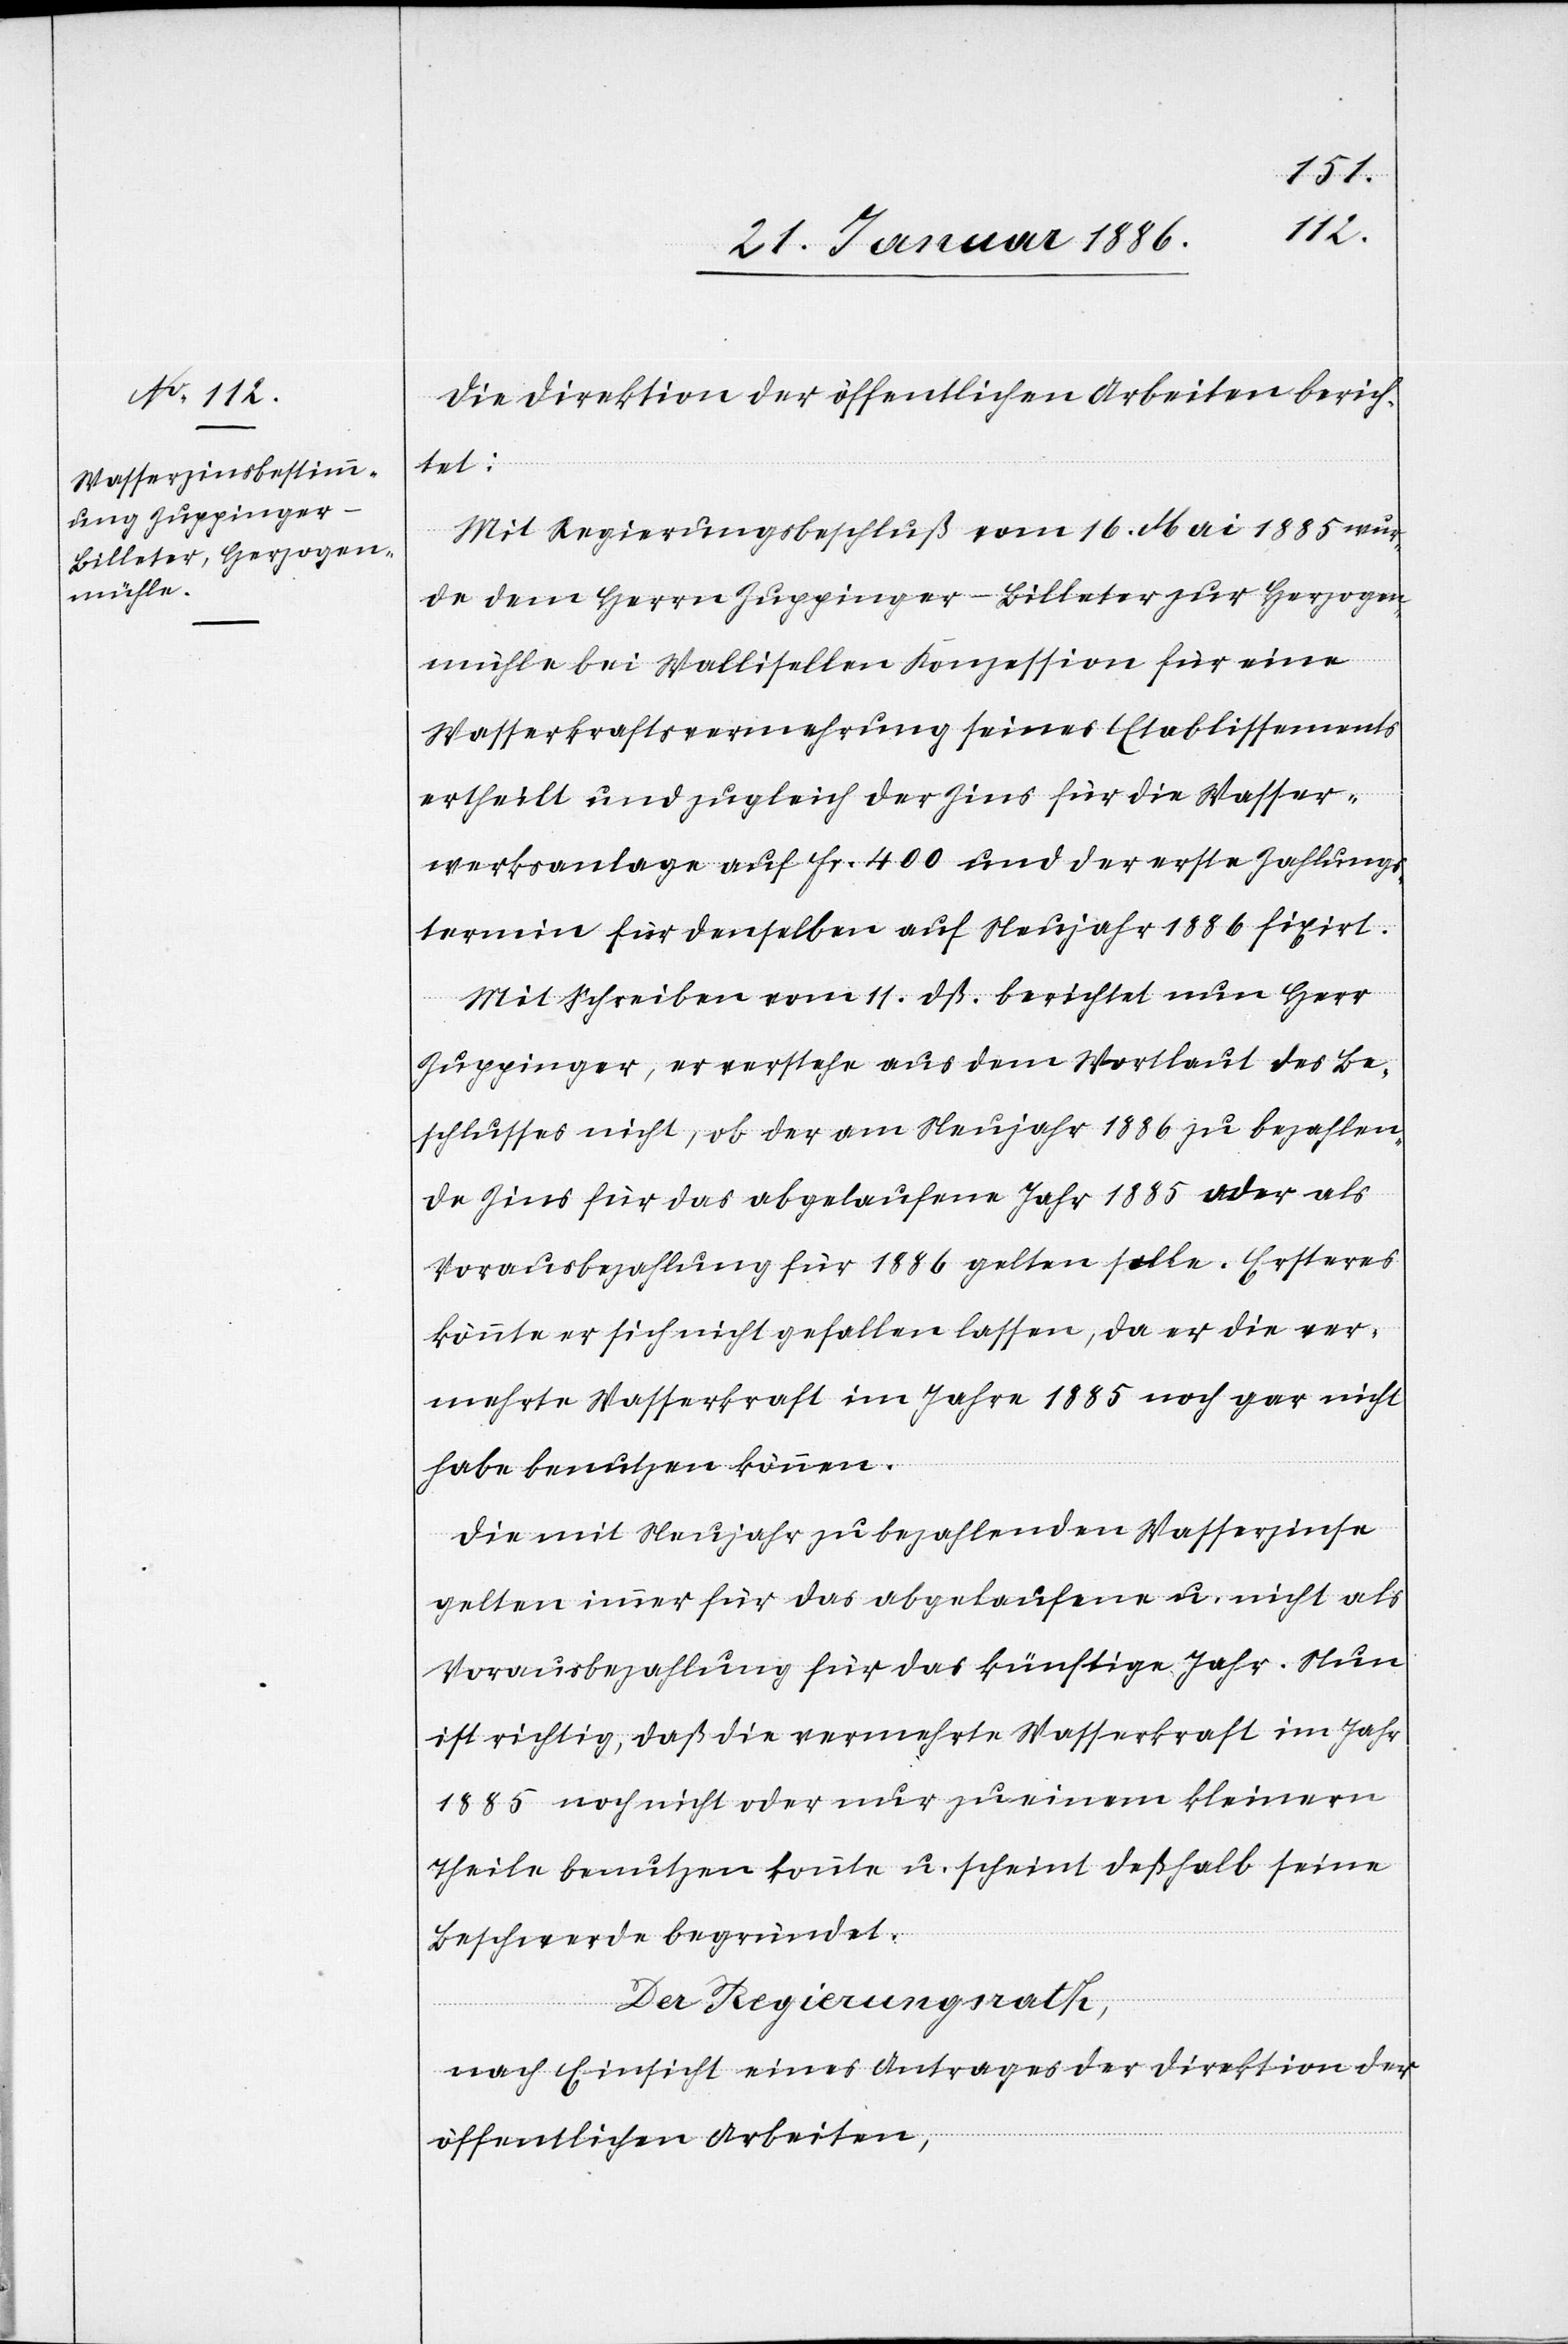
Die Direktion der öffentlichen Arbeiten berich¬
tet:
Mit Regierungsbeschluß vom 16. Mai 1885 wer¬
de dem Herrn Zuppinger-Billeter zur Herzogen¬
mühle bei Wallisellen Konzession für eine
Wasserkraftsvermehrung seines Etablissements
ertheilt und zugleich der Zins für die Wasser¬
werksanlage auf Fr. 400 und der erste Zahlungs¬
termin für denselben auf Neujahr 1886 fixirt.
Mit Schreiben vom 11. dß. berichtet nun Herr
Zuppinger, er verstehe aus dem Wortlaut des Be¬
schlusses nicht, ob der am Neujahr 1886 zu bezahlen¬
de Zins für das abgelaufene Jahr 1885 oder als
Vorausbezahlung für 1886 gelten solle. Ersteres
könnte er sich nicht gefallen lassen, da er die ver¬
mehrte Wasserkraft im Jahre 1895 noch gar nicht
habe benutzen können.
Die mit Neujahr zu bezahlenden Wasserzinse
gelten immer für das abgelaufene u. nicht als
Vorausbezahlung für das künftige Jahr. Nun
ist richtig, daß [er] die vermehrte Wasserkraft im Jahr
1885 noch nicht oder nur zu einem kleinern
Theile benutzen konnte u. scheint deßhalb seine
Beschwerde begründet.
Der Regierungsrath,
nach Einsicht eines Antrages der Direktion der
öffentlichen Arbeiten,